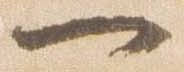
一